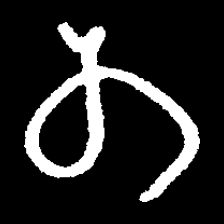
Pyu character \u2014 Myanmar letter: တ (romanized: ta)